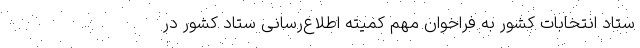
ستاد انتخابات کشور به فراخوان مهم کمیته اطلاع‌رسانی ستاد کشور در